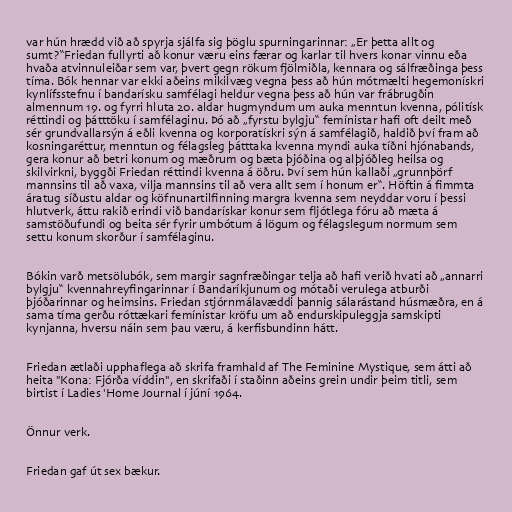
var hún hrædd við að spyrja sjálfa sig þöglu spurningarinnar: „Er þetta allt og
sumt?“Friedan fullyrti að konur væru eins færar og karlar til hvers konar vinnu eða
hvaða atvinnuleiðar sem var, þvert gegn rökum fjölmiðla, kennara og sálfræðinga þess
tíma. Bók hennar var ekki aðeins mikilvæg vegna þess að hún mótmælti hegemonískri
kynlífsstefnu í bandarísku samfélagi heldur vegna þess að hún var frábrugðin
almennum 19. og fyrri hluta 20. aldar hugmyndum um auka menntun kvenna, pólitísk
réttindi og þátttöku í samfélaginu. Þó að „fyrstu bylgju“ femínistar hafi oft deilt með
sér grundvallarsýn á eðli kvenna og korporatískri sýn á samfélagið, haldið því fram að
kosningaréttur, menntun og félagsleg þátttaka kvenna myndi auka tíðni hjónabands,
gera konur að betri konum og mæðrum og bæta þjóðina og alþjóðleg heilsa og
skilvirkni, byggði Friedan réttindi kvenna á öðru. Því sem hún kallaði „grunnþörf
mannsins til að vaxa, vilja mannsins til að vera allt sem í honum er“. Höftin á fimmta
áratug síðustu aldar og köfnunartilfinning margra kvenna sem neyddar voru í þessi
hlutverk, áttu rakið erindi við bandarískar konur sem fljótlega fóru að mæta á
samstöðufundi og beita sér fyrir umbótum á lögum og félagslegum normum sem
settu konum skorður í samfélaginu.

Bókin varð metsölubók, sem margir sagnfræðingar telja að hafi verið hvati að „annarri
bylgju“ kvennahreyfingarinnar í Bandaríkjunum og mótaði verulega atburði
þjóðarinnar og heimsins. Friedan stjórnmálavæddi þannig sálarástand húsmæðra, en á
sama tíma gerðu róttækari femínistar kröfu um að endurskipuleggja samskipti
kynjanna, hversu náin sem þau væru, á kerfisbundinn hátt.

Friedan ætlaði upphaflega að skrifa framhald af The Feminine Mystique, sem átti að
heita "Kona: Fjórða víddin", en skrifaði í staðinn aðeins grein undir þeim titli, sem
birtist í Ladies 'Home Journal í júní 1964.

Önnur verk.

Friedan gaf út sex bækur.